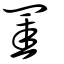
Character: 罣